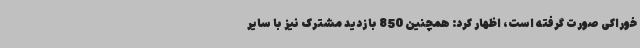
خوراکی صورت گرفته است، اظهار کرد: همچنین 850 بازدید مشترک نیز با سایر